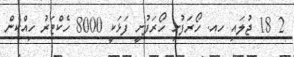
2 18 ޖުލައި ހއ. ހޯރަފުށި ހޯރަފުށީ ފަޅަކީ 8000 ހެކްޓަރު ހިއްކެން